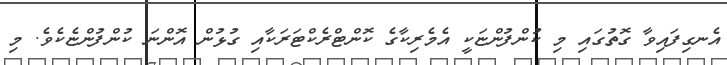
އެނގިފައިވާ ގޮތުގައި މި ކުންފުންޏަކީ އެމެރިކާގެ ކޮންޓްރެކްޓަރަކާއި ގުޅުން އޮންނަ ކުންފުންޏެކެވެ. މި